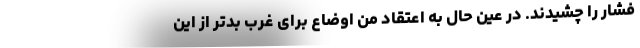
فشار را چشیدند. در عین حال به اعتقاد من اوضاع برای غرب بدتر از این